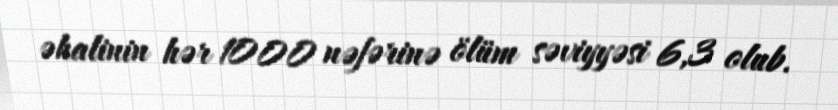
əhalinin hər 1000 nəfərinə ölüm səviyyəsi 6,3 olub.